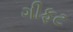
ગીફટ